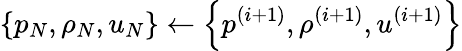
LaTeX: \left\{ p_{N},\rho_{N},u_{N}\right\} \gets\left\{ p^{(i+1)},\rho^{(i+1)},u^{(i+1)}\right\}